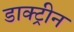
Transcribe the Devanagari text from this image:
डाक्ट्रीन